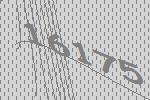
16175